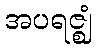
အပရဇ္ဈံ